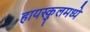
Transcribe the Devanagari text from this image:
हायस्कुलमध्ये